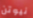
نيوتن